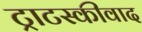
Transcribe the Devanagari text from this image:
ट्राटस्कीवाद